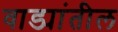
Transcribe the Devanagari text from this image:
वाड्यांतील